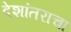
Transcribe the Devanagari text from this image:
देशांतराचा